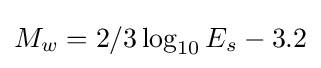
M_{w}=2/3\log _{10}E_{s}-3.2